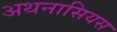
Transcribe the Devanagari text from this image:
अथनासियस